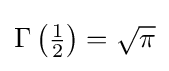
{\textstyle \Gamma \left({\frac {1}{2}}\right)={\sqrt {\pi }}}